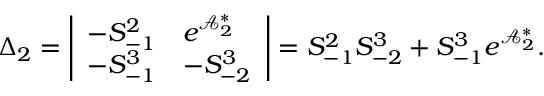
\Delta _ { 2 } = \left| \begin{array} { l l } { - S _ { - 1 } ^ { 2 } } & { e ^ { \mathcal { A } _ { 2 } ^ { \ast } } } \\ { - S _ { - 1 } ^ { 3 } } & { - S _ { - 2 } ^ { 3 } } \end{array} \right| = S _ { - 1 } ^ { 2 } S _ { - 2 } ^ { 3 } + S _ { - 1 } ^ { 3 } e ^ { \mathcal { A } _ { 2 } ^ { \ast } } .